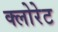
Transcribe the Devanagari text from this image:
क्‍लोरेट